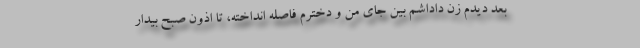
بعد دیدم زن داداشم بین جای من و دخترم فاصله انداخته، تا اذون صبح بیدار